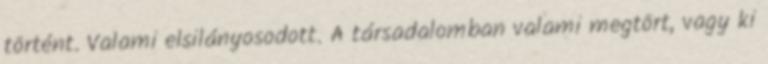
történt. Valami elsilányosodott. A társadalomban valami megtört, vagy ki